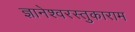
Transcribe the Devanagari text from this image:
ज्ञानेश्वरस्तुकाराम